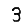
Digit: 3